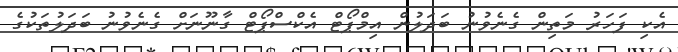
އެކި ފަހަރު މަތިން ގެނެވުނު ބަދަލުން އިމްޕޯޓް އެކްސްޕޯޓް ގާނޫނަށް ގެނެވުނު ބަދަލުތަކުގެ